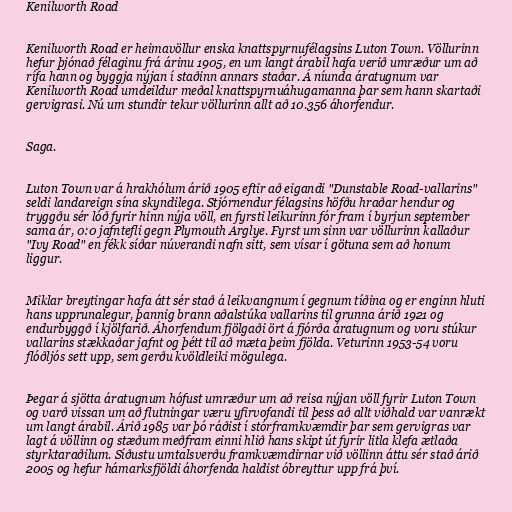
Kenilworth Road

Kenilworth Road er heimavöllur enska knattspyrnufélagsins Luton Town. Völlurinn
hefur þjónað félaginu frá árinu 1905, en um langt árabil hafa verið umræður um að
rífa hann og byggja nýjan í staðinn annars staðar. Á níunda áratugnum var
Kenilworth Road umdeildur meðal knattspyrnuáhugamanna þar sem hann skartaði
gervigrasi. Nú um stundir tekur völlurinn allt að 10.356 áhorfendur.

Saga.

Luton Town var á hrakhólum árið 1905 eftir að eigandi "Dunstable Road-vallarins"
seldi landareign sína skyndilega. Stjórnendur félagsins höfðu hraðar hendur og
tryggðu sér lóð fyrir hinn nýja völl, en fyrsti leikurinn fór fram í byrjun september
sama ár, 0:0 jafntefli gegn Plymouth Arglye. Fyrst um sinn var völlurinn kallaður
"Ivy Road" en fékk síðar núverandi nafn sitt, sem vísar í götuna sem að honum
liggur.

Miklar breytingar hafa átt sér stað á leikvangnum í gegnum tíðina og er enginn hluti
hans upprunalegur, þannig brann aðalstúka vallarins til grunna árið 1921 og
endurbyggð í kjölfarið. Áhorfendum fjölgaði ört á fjórða áratugnum og voru stúkur
vallarins stækkaðar jafnt og þétt til að mæta þeim fjölda. Veturinn 1953-54 voru
flóðljós sett upp, sem gerðu kvöldleiki mögulega.

Þegar á sjötta áratugnum hófust umræður um að reisa nýjan völl fyrir Luton Town
og varð vissan um að flutningar væru yfirvofandi til þess að allt viðhald var vanrækt
um langt árabil. Árið 1985 var þó ráðist í stórframkvæmdir þar sem gervigras var
lagt á völlinn og stæðum meðfram einni hlið hans skipt út fyrir litla klefa ætlaða
styrktaraðilum. Síðustu umtalsverðu framkvæmdirnar við völlinn áttu sér stað árið
2005 og hefur hámarksfjöldi áhorfenda haldist óbreyttur upp frá því.